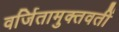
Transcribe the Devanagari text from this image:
वर्जितामुक्तवतीं